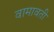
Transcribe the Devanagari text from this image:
वामावती